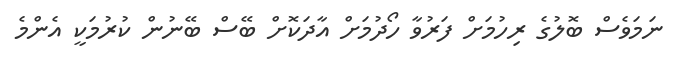
ނަމަވެސް ބޮލުގެ ރިހުމަށް ފަރުވާ ހޯދުމަށް އާދަކޮށް ބޭސް ބޭނުން ކުރުމަކީ އެންމެ